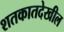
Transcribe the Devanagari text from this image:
शतकातदेखील